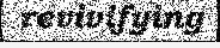
revivifying